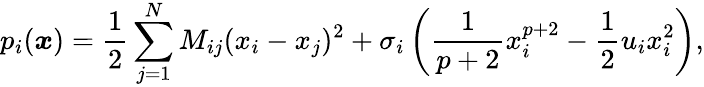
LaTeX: p_{i}({\boldsymbol x})=\frac{1}{2}\sum_{j=1}^{N}M_{ij}(x_{i}-x_{j})^{2}+\sigma_{i}\left(\frac{1}{p+2}x_{i}^{p+2}-\frac{1}{2}u_{i}x_{i}^{2}\right),